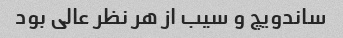
ساندویچ و سیب از هر نظر عالی بود